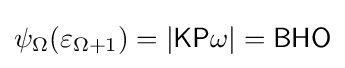
\psi _{\Omega }(\varepsilon _{\Omega +1})=|{\mathsf {KP\omega }}|={\mathsf {BHO}}